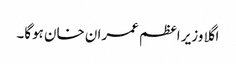
اگلا وزیر اعظم عمران خان ہوگا۔